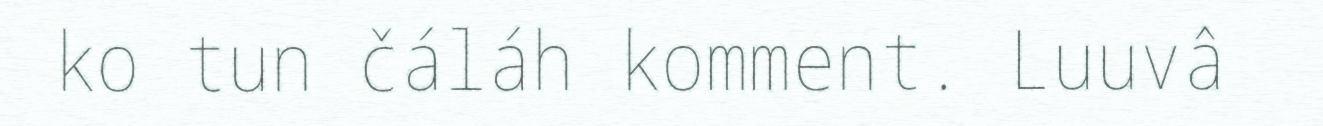
ko tun čáláh komment. Luuvâ